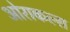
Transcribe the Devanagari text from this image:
ओराकल्स